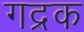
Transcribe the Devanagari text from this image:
गद्रक